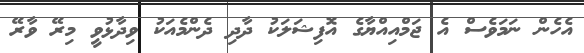
އެހެން ނަމަވެސް އެ ޖަމްއިއްޔާގެ އޮފިޝަލަކު ދާދި ދެންމެއަކު ވިދާޅުވީ މިރޭ ވާރޭ